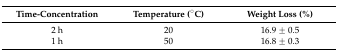
<table><thead><tr><td><b>Time-Concentration</b></td><td><b>Temperature (°C)</b></td><td><b>Weight Loss (%)</b></td></tr></thead><tbody><tr><td>2 h</td><td>20</td><td>16.9 ± 0.5</td></tr><tr><td>1 h</td><td>50</td><td>16.8 ± 0.3</td></tr></tbody></table>